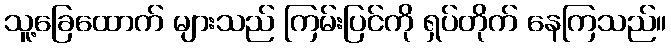
သူ့ခြေထောက် များသည် ကြမ်းပြင်ကို ရှပ်တိုက် နေကြသည်။